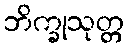
ဘိက္ခုသုတ္တ